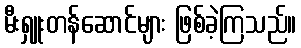
မီးရှူးတန်ဆောင်များ ဖြစ်ခဲ့ကြသည်။